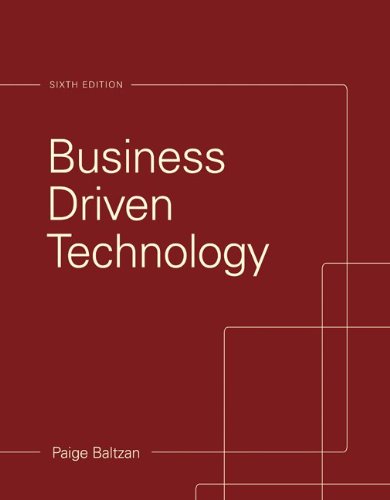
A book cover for Business Driven Technology; Paige Baltzan; Computers & Technology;